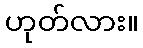
ဟုတ်လား။